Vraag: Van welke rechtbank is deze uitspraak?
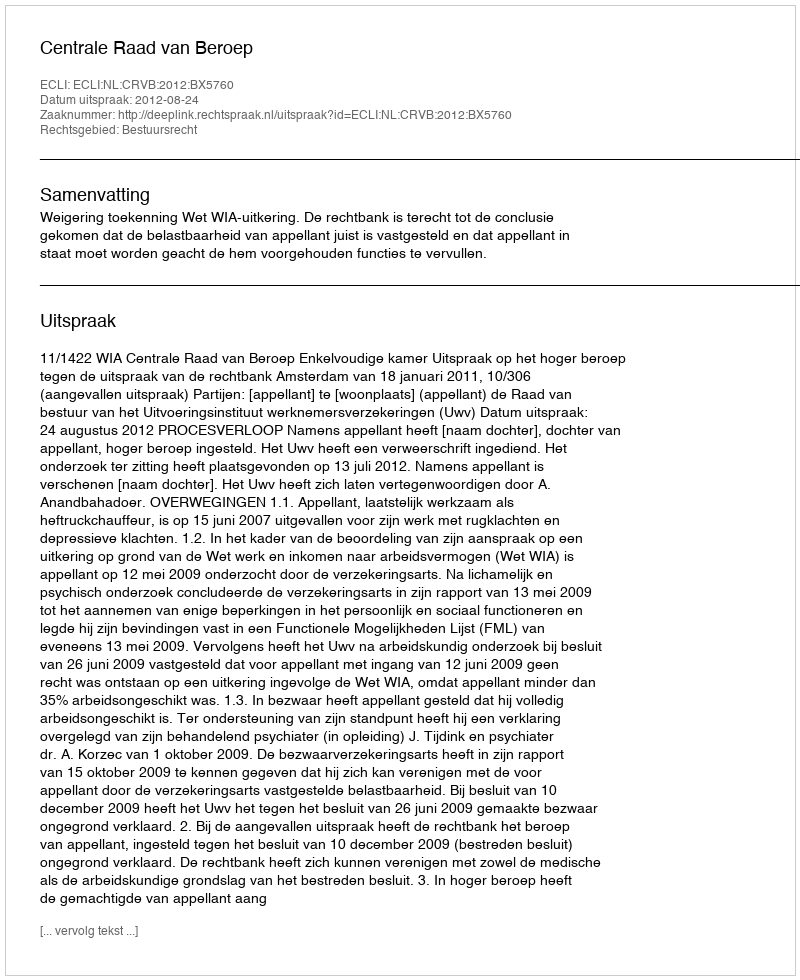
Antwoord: Centrale Raad van Beroep